Vaccination in Burma 1889-1999 - 1889-1999
Year: 1889
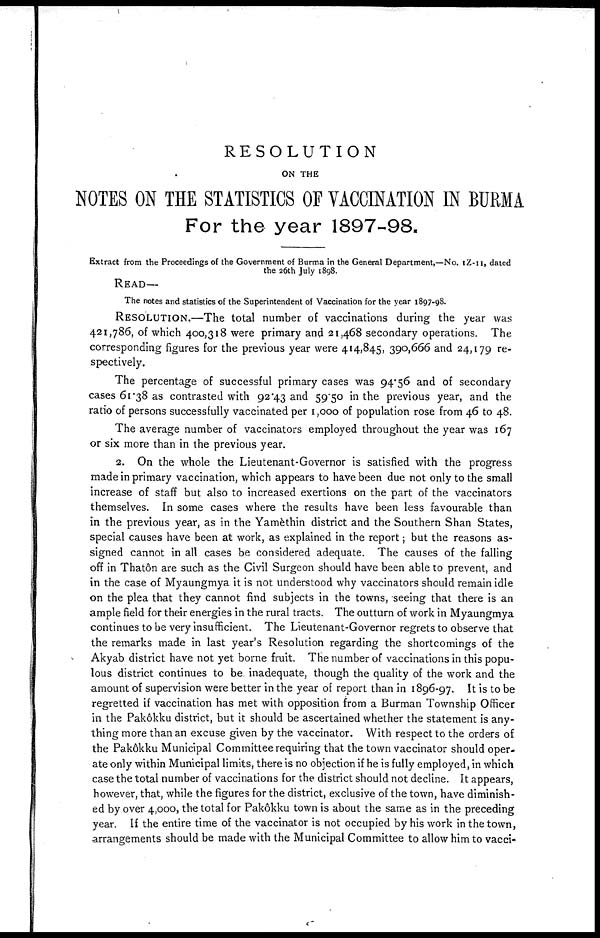
RESOLUTION
ON THE
NOTES ON THE STATISTICS OF VACCINATION IN BURMA
For the year 1897-98.
Extract from the Proceedings of the Government of Burma in the General Department,—No. IZ-11, dated
the 26th July 1898.
READ—
The notes and statistics of the Superintendent of Vaccination for the year 1897-98.
RESOLUTION.—The total number of vaccinations during the year was
421,786, of which 400,318 were primary and 21,468 secondary operations. The
corresponding figures for the previous year were 414,845, 390,666 and 24,179 re-
spectively.
The percentage of successful primary cases was 94.56 and of secondary
cases 61.38 as contrasted with 92.43 and 59.50 in the previous year, and the
ratio of persons successfully vaccinated per 1,000 of population rose from 46 to 48.
The average number of vaccinators employed throughout the year was 167
or six more than in the previous year.
2. On the whole the Lieutenant-Governor is satisfied with the progress
made in primary vaccination, which appears to have been due not only to the small
increase of staff but also to increased exertions on the part of the vaccinators
themselves. In some cases where the results have been less favourable than
in the previous year, as in the Yamèthin district and the Southern Shan States,
special causes have been at work, as explained in the report; but the reasons as-
signed cannot in all cases be considered adequate. The causes of the falling
off in Thatôn are such as the Civil Surgeon should have been able to prevent, and
in the case of Myaungmya it is not understood why vaccinators should remain idle
on the plea that they cannot find subjects in the towns, seeing that there is an
ample field for their energies in the rural tracts. The outturn of work in Myaungmya
continues to be very insufficient. The Lieutenant-Governor regrets to observe that
the remarks made in last year's Resolution regarding the shortcomings of the
Akyab district have not yet borne fruit. The number of vaccinations in this popu-
lous district continues to be. inadequate, though the quality of the work and the
amount of supervision were better in the year of report than in 1896-97. It is to be
regretted if vaccination has met with opposition from a Burman Township Officer
in the pakôkku district, but it should be ascertained whether the statement is any-
thing more than an excuse given by the vaccinator. With respect to the orders of
the pakôkku Municipal Committee requiring that the town vaccinator should oper-
ate only within Municipal limits, there is no objection if he is fully employed, in which
case the total number of vaccinations for the district should not decline. It appears,
however, that, while the figures for the district, exclusive of the town, have diminish-
ed by over 4,000, the total for Pakôkku town is about the same as in the preceding
year. If the entire time of the vaccinator is not occupied by his work in the town,
arrangements should be made with the Municipal Committee to allow him to vacci-